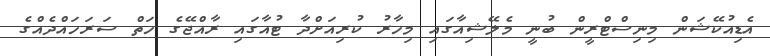
އެޑިއުކޭޝަން މިނިސްޓްރީން ބުނީ މެލޭޝިއާގައި މިހާރު ކުރިއަށްދާ ޓުއާގައި ރާއްޖޭގެ ހަތް ސަރަހައްދެއްގެ